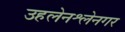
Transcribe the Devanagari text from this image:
उहलेनश्लेनगर